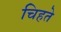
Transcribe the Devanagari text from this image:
चिहते